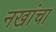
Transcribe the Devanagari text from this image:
नखांचा